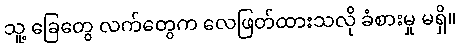
သူ့ ခြေတွေ လက်တွေက လေဖြတ်ထားသလို ခံစားမှု မရှိ။